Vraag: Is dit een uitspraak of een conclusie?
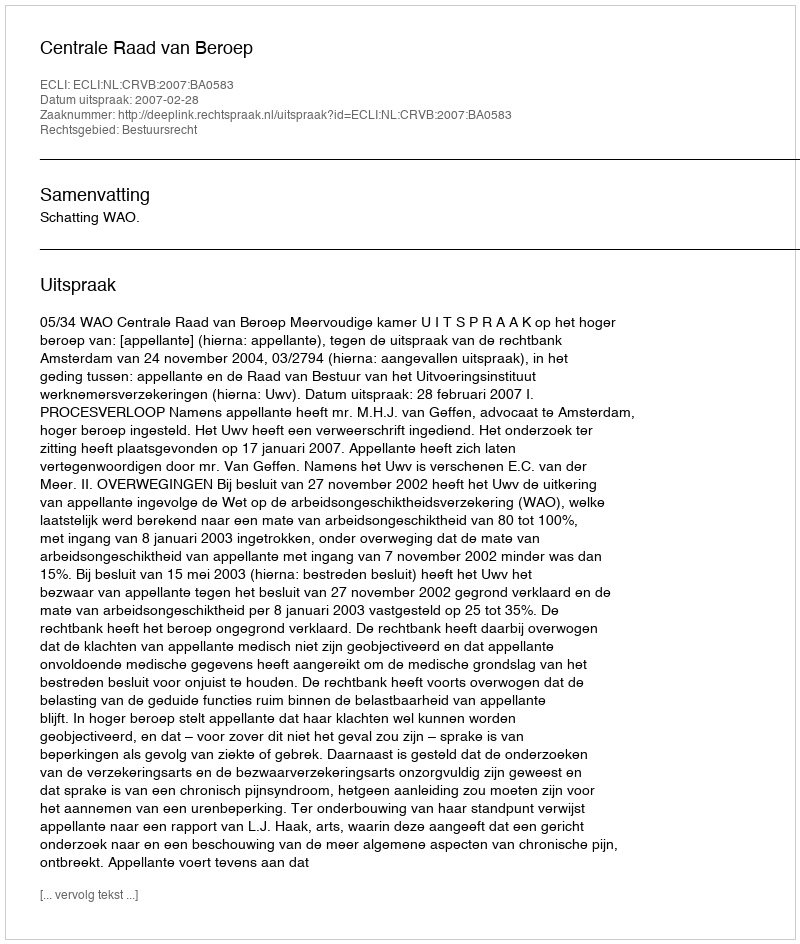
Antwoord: Uitspraak